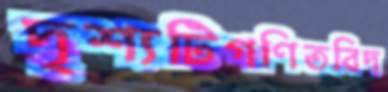
দৃশ্যটিগণিতবিদ